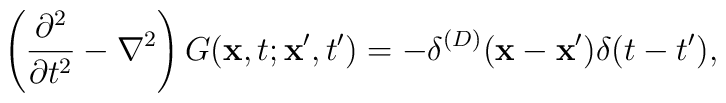
\left ({{\partial^2}\over{\partial t^2}}-\nabla^2\right )G({\bf x},t;{\bf x}',t') =-\delta^{(D)} ({\bf x}-{\bf x}')\delta(t-t'),